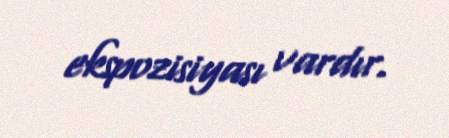
ekspozisiyası vardır.